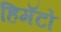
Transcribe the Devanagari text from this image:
हिमॅटो